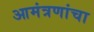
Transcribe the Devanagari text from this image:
आमंत्रणांचा